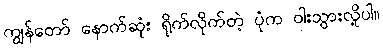
ကျွန်တော် နောက်ဆုံး ရိုက်လိုက်တဲ့ ပုံက ဝါးသွားလို့ပါ။